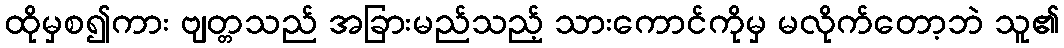
ထိုမှစ၍ကား ဗျတ္တသည် အခြားမည်သည့် သားကောင်ကိုမှ မလိုက်တော့ဘဲ သူ၏